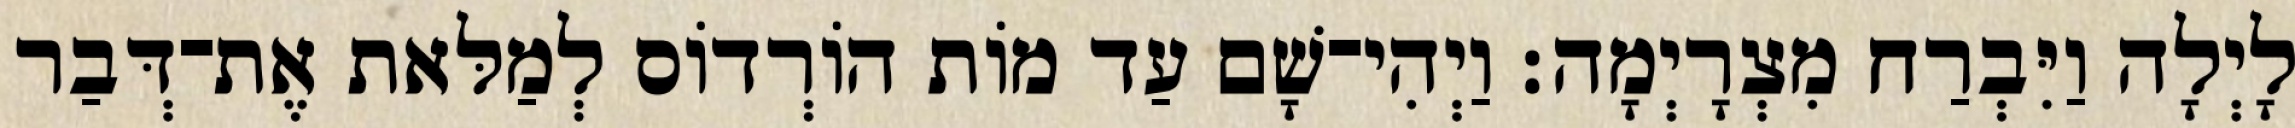
לָיְלָה וַיִּבְרַח מִצְרָיְמָה׃ וַיְהִי־שָׁם עַד מוֹת הוֹרְדוֹס לְמַלּאת אֶת־דְּבַר